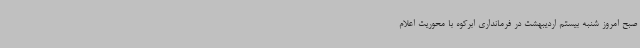
صبح امروز شنبه بیستم اردیبهشت در فرمانداری ابرکوه با محوریت اعلام